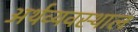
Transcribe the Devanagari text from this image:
अर्थव्यवस्थाल